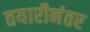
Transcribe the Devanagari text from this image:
तयारीनंतर